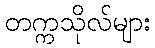
တက္ကသိုလ်များ